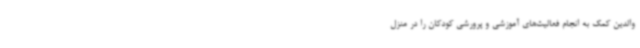
والدین کمک به انجام فعالیت‌های آموزشی و پرورشی کودکان را در منزل